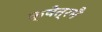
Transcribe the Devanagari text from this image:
क्षेत्रमै